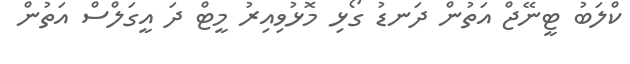
ކްލަބު ޓީނޭޖް އަތުން ދަނޑު ގޯޅި މޮޅުވިއިރު މީޓް ދަ އީގަލްސް އަތުން